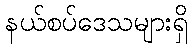
နယ်စပ်ဒေသများရှိ